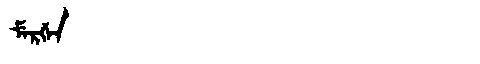
Manchu: ᠮᡝᡵᡤᡝᠨ
Romanization: MERGEN